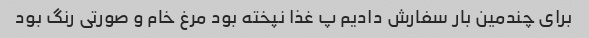
برای چندمین بار سفارش دادیم پ غذا نپخته بود مرغ خام و صورتی رنگ بود